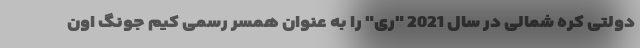
دولتی کره شمالی در سال 2021 "ری" را به عنوان همسر رسمی کیم جونگ اون